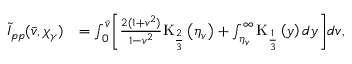
\begin{array} { r l } { \tilde { I } _ { p p } ( \bar { v } , \chi _ { \gamma } ) } & { = \int _ { 0 } ^ { \bar { v } } \biggl [ \frac { 2 ( 1 + v ^ { 2 } ) } { 1 - v ^ { 2 } } \mathrm { K } _ { \frac { 2 } { 3 } } \left( \eta _ { v } \right) + \int _ { \eta _ { v } } ^ { \infty } \mathrm { K } _ { \frac { 1 } { 3 } } \left( y \right) d y \biggr ] d v , } \end{array}